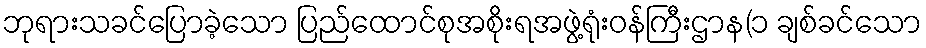
ဘုရားသခင်ပြောခဲ့သော ပြည်ထောင်စုအစိုးရအဖွဲ့ရုံးဝန်ကြီးဌာန(၁ ချစ်ခင်သော